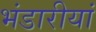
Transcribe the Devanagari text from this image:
भंडारीयां